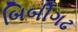
બિબીગઢ